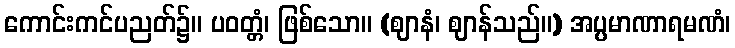
ကောင်းကင်ပညတ်၌။ ပဝတ္တံ၊ ဖြစ်သော။ (ဈာနံ၊ ဈာန်သည်။) အပ္ပမာဏာရမဏံ၊